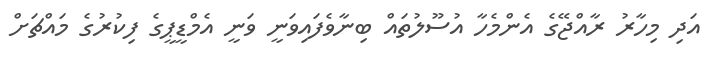
އަދި މިހާރު ރާއްޖޭގެ އެންމެހާ އުސޫލުތައް ބިނާވެފައިވަނީ ވަނީ އެމްޑީޕީގެ ފިކުރުގެ މައްޗަށް